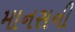
માનસની